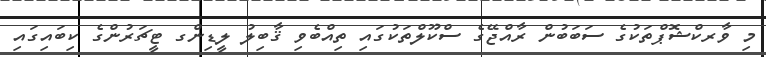
މި ވާރކްޝޮޕްތަކުގެ ސަބަބުން ރާއްޖޭގެ ސްކޫލްތަކުގައި ތިއްބެވި ޤާބިލު ލީޑިންގ ޓީޗަރުންގެ ކިބައިގައި